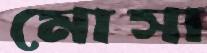
মোসা